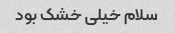
سلام خیلی خشک بود